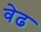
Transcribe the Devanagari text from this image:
वेढ